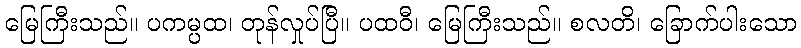
မြေကြီးသည်။ ပကမ္ပထ၊ တုန်လှုပ်ပြီ။ ပထဝီ၊ မြေကြီးသည်။ စလတိ၊ ခြောက်ပါးသော